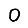
Digit: 0